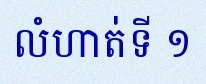
លំហាត់ទី ១